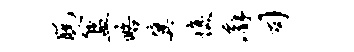
脱簋略冀愎廨司